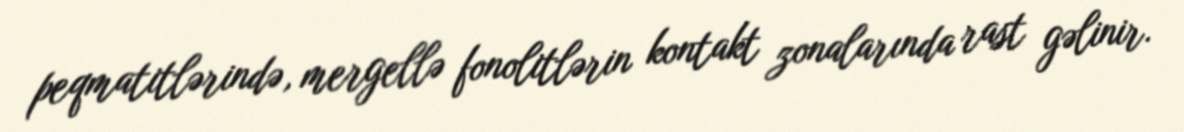
peqmatitlərində, mergellə fonolitlərin kontakt zonalarında rast gəlinir.